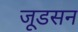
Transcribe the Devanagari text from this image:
जूडसन